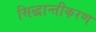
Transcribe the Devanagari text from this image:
सिद्धान्तीकरण